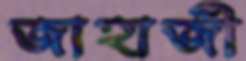
জাহাজী